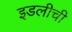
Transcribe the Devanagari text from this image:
इडलीची